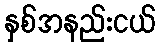
နှစ်အနည်းငယ်